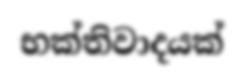
භක්තිවාදයක්